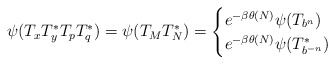
\begin{align*} \psi(T_xT_y^*T_pT_q^*)= \psi(T_{M}T_N^*) =\begin{cases}e^{-\beta \theta(N)} \psi(T_{b^n}) &\\e^{-\beta \theta(N)} \psi(T_{b^{-n}}^*) &\end{cases} \end{align*}